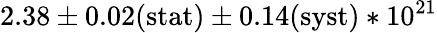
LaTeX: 2.38\pm{0.02(\mathrm{stat})}\pm{0.14(\mathrm{syst})}*10^{21}